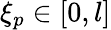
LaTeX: \xi_{p}\in[0,l]